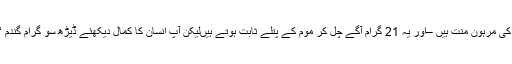
ہمارے یہ سارے خیال ‘ یہ سارے منصوبے اور یہ ساری حرکتیں بھی انہیں 21 گراموں کی مرہون منت ہیں –اور یہ 21 گرام آگے چل کر موم کے پتلے ثابت ہوتے ہیںلیکن آپ انسان کا کمال دیکھئے ڈیڑھ سو گرام گندم ‘ 8 اونس انگور اور کسی ایک سینیٹر کی خوشامد اس کے 21گراموں کو خدا بنا دیتی ہے۔